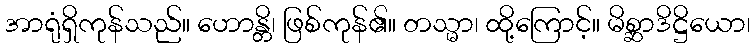
အာရုံရှိကုန်သည်။ ဟောန္တိ၊ ဖြစ်ကုန်၏။ တသ္မာ၊ ထို့ကြောင့်။ မိစ္ဆာဒိဋ္ဌိယော၊